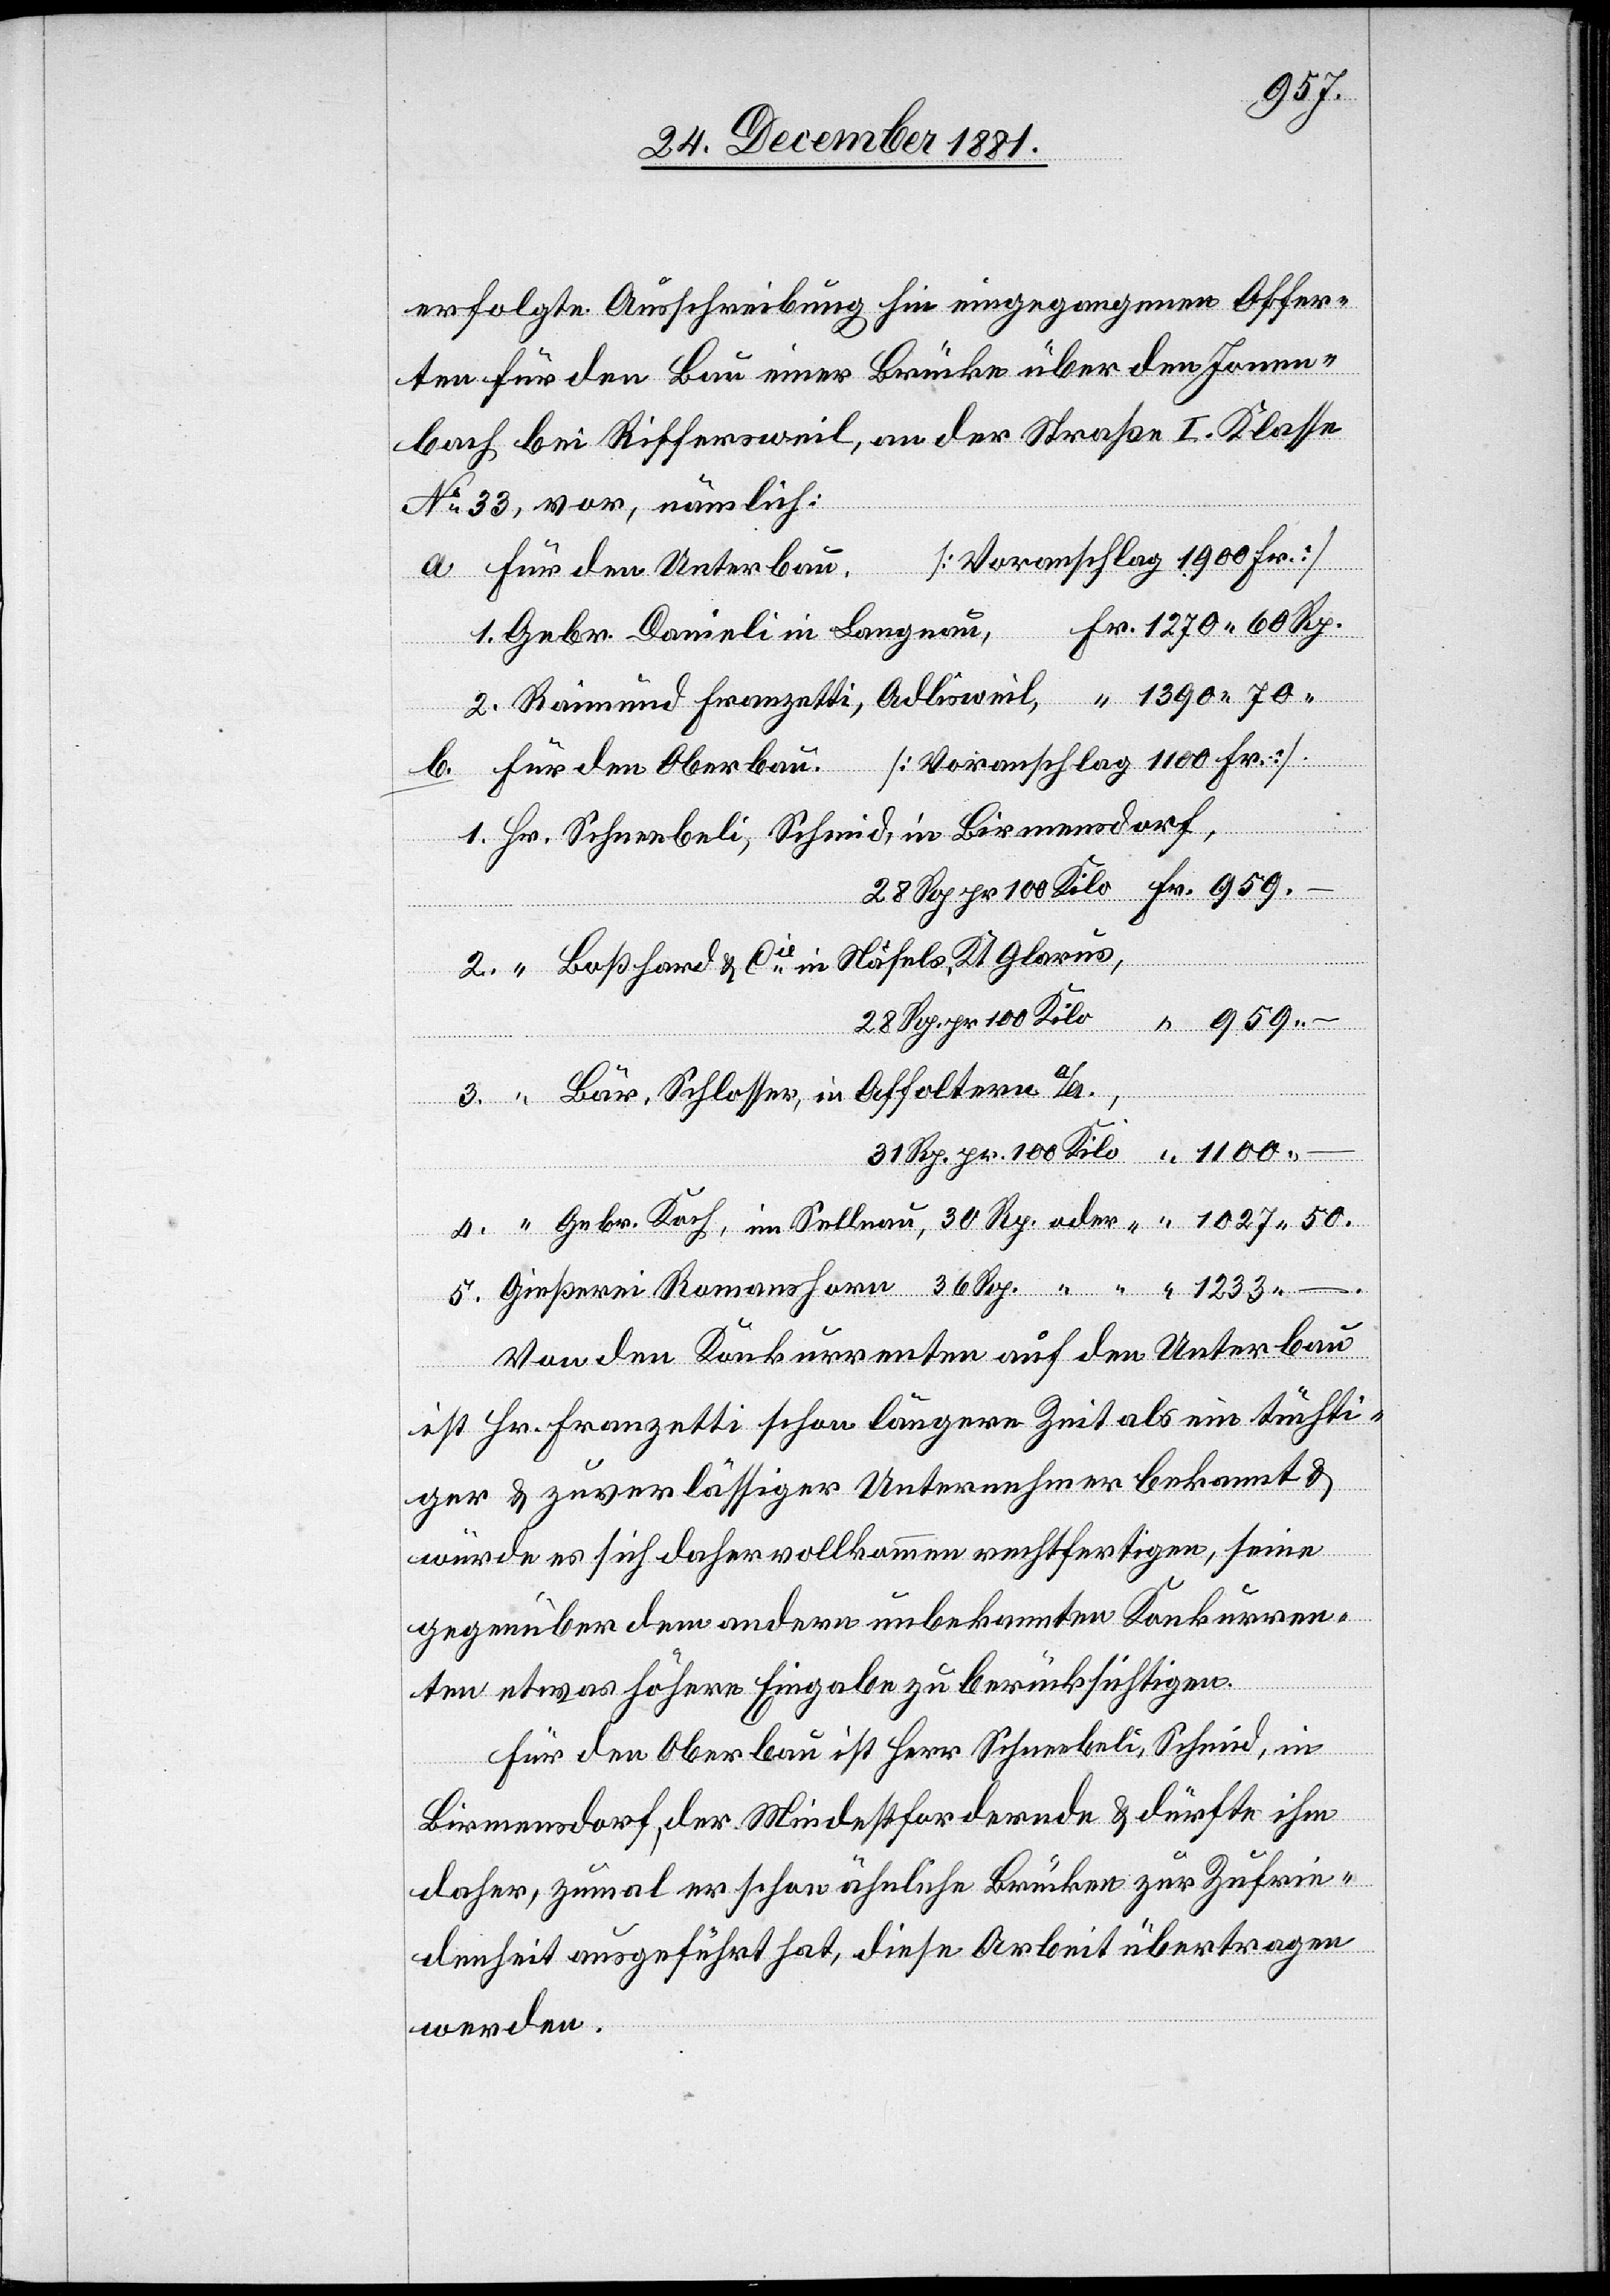
1027.
Roman¬
erfolgte Ausschreibung hin eingegangenen Offer¬
ten für den Bau einer Brücke über den Jonen¬
bach bei Riffersweil, an der Straße I. Klasse
No 33, vor, nämlich:
[Voranschlag 1100 Fr.]
Für den Unterbau
shorn
Schneebeli, Schmid, in Birmensdorf
Boßhard & Cie in Näfels, Kt. Glarus,
31 Rp. pr. 100 Kilo
Bär, Schlosser, in Affoltern a/A.,
Gebr. Koch, im Sellnau, 30 Rp. oder [? 100 Kilo]
Von den Konkurrenten auf den Unterbau
ist Hr. Franzetti schon längere Zeit als ein tüchti¬
ger & zuverlässiger Unternehmer bekannt &
würde es sich daher vollkommen rechtfertigen, seine
gegenüber dem andern unbekannten Konkurren¬
–
ten etwas höhere Eingabe zu berücksichtigen.
Für den Oberbau ist Herr Schneebeli, Schmid, in
Birmensdorf, der Mindestfordernde & dürfte ihm
daher, zumal er schon ähnliche Brücken zur Zufrie¬
denheit ausgeführt hat, diese Arbeit übertragen
werden.